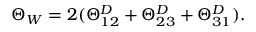
\begin{array} { r } { \Theta _ { W } = 2 ( \Theta _ { 1 2 } ^ { D } + \Theta _ { 2 3 } ^ { D } + \Theta _ { 3 1 } ^ { D } ) . } \end{array}